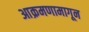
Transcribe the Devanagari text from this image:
आक्रमणामागून